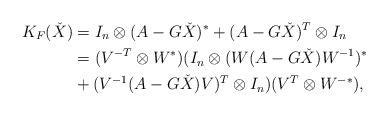
LaTeX: \begin{align*}K_F({\check{X}})&=I_n \otimes (A-G\check{X})^*+(A-G\check{X})^T \otimes I_n\\&=(V^{-T} \otimes W^*)(I_n \otimes (W(A-G\check{X})W^{-1})^*\\& +(V^{-1}(A-G\check{X})V)^T \otimes I_n)(V^T \otimes W^{-*}),\end{align*}